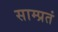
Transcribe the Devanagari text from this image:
साम्प्रतं